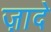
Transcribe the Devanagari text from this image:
ज़ादे